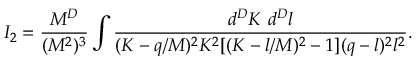
I _ { 2 } = \frac { M ^ { D } } { ( M ^ { 2 } ) ^ { 3 } } \int \frac { d ^ { D } K ~ d ^ { D } l } { ( K - q / M ) ^ { 2 } K ^ { 2 } [ ( K - l / M ) ^ { 2 } - 1 ] ( q - l ) ^ { 2 } l ^ { 2 } } .